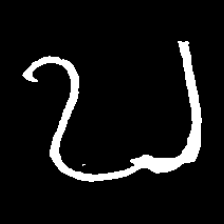
Pyu character \u2014 Myanmar letter: ဎ (romanized: ddha)